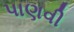
પાણવી